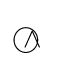
{~\wedge \!\!\!\!\!\!\!\!\;\bigcirc ~}